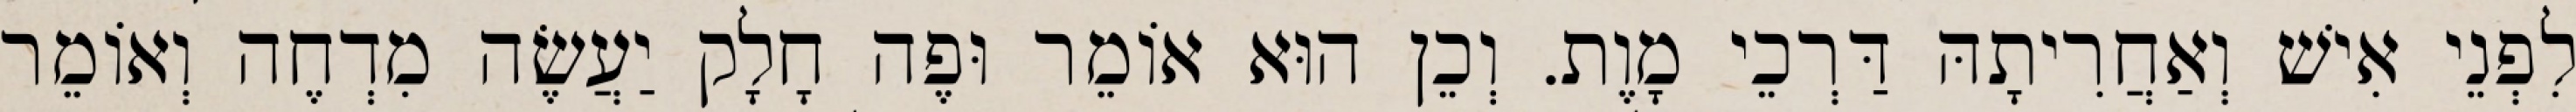
לִפְנֵי אִישׁ וְאַחֲרִיתָהּ דַּרְכֵי מָוֶת. וְכֵן הוּא אוֹמֵר וּפֶה חָלָק יַעֲשֶׂה מִדְחֶה וְאוֹמֵר